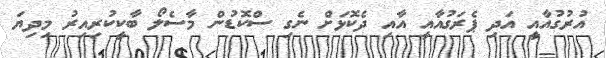
އުރުގުއާއީ އަދި ޕެރަގުއާއީ އާއި ދެކޮޅަށް ނެގި ސްކޮޑުން މާސެލޯ ބާކީކުރިއިރު މިދިޔަ